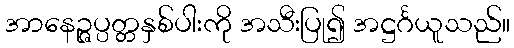
အာနေဉ္ဇပ္ပတ္တနှစ်ပါးကို အသီးပြု၍ အဋ္ဌင်္ဂယူသည်။